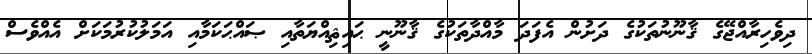
ދިވެހިރާއްޖޭގެ ޤާނޫނުތަކުގެ ދަށުން އެފަދަ މާއްދާތަކުގެ ޤާނޫނީ ޙައިޘިއްޔަތާއި ޞައްޙަކަމާއި އަމަލުކުރުމަކަށް އެއްވެސް